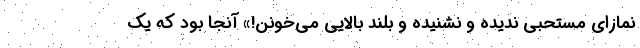
نمازای مستحبی ندیده و نشنیده و بلند بالایی می‌خونن!» آنجا بود که یک